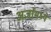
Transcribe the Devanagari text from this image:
अर्जामध्ये